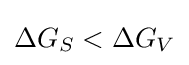
\Delta G_{S}<\Delta G_{V}